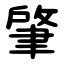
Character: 肇